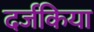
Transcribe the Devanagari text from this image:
दर्जकिया